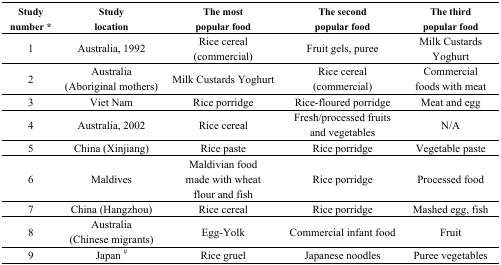
<table><thead><tr><td><b>Study number *</b></td><td><b>Study location</b></td><td><b>The most popular food</b></td><td><b>The second popular food</b></td><td><b>The third popular food</b></td></tr></thead><tbody><tr><td>1</td><td>Australia, 1992</td><td>Rice cereal (commercial)</td><td>Fruit gels, puree</td><td>Milk Custards Yoghurt</td></tr><tr><td>2</td><td>Australia (Aboriginal mothers)</td><td>Milk Custards Yoghurt</td><td>Rice cereal (commercial)</td><td>Commercial foods with meat</td></tr><tr><td>3</td><td>Viet Nam</td><td>Rice porridge</td><td>Rice-floured porridge </td><td>Meat and egg</td></tr><tr><td>4</td><td>Australia, 2002</td><td>Rice cereal</td><td>Fresh/processed fruits and vegetables</td><td>N/A</td></tr><tr><td>5</td><td>China (Xinjiang)</td><td>Rice paste</td><td>Rice porridge</td><td>Vegetable paste</td></tr><tr><td>6</td><td>Maldives</td><td>Maldivian food made with wheat flour and fish</td><td>Rice porridge</td><td>Processed food</td></tr><tr><td>7</td><td>China (Hangzhou)</td><td>Rice cereal</td><td>Rice porridge</td><td>Mashed egg, fish</td></tr><tr><td>8</td><td>Australia (Chinese migrants)</td><td>Egg-Yolk</td><td>Commercial infant food</td><td>Fruit</td></tr><tr><td>9</td><td>Japan <sup>#</sup></td><td>Rice gruel</td><td>Japanese noodles</td><td>Puree vegetables</td></tr></tbody></table>